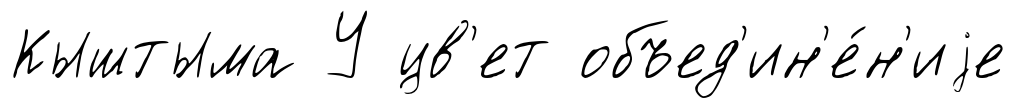
Кыштыма У цв'ет объед'ин'е́н'иjе